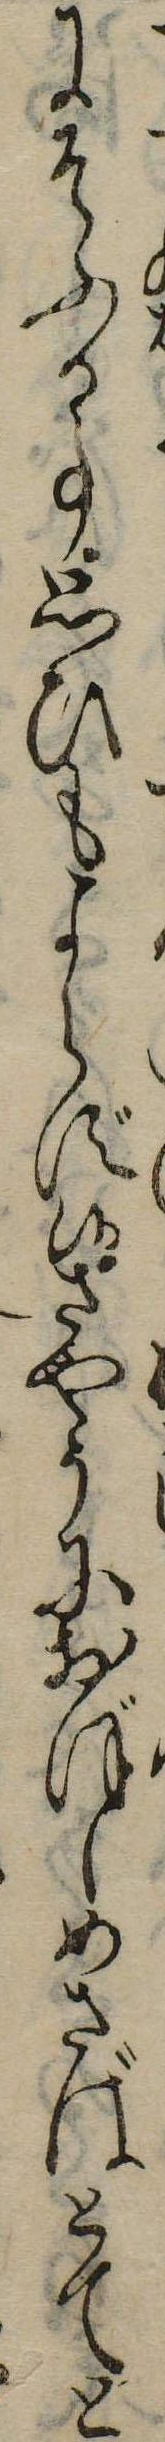
にそふる事思ひもよらず候さやうにおぼしめさばとてと